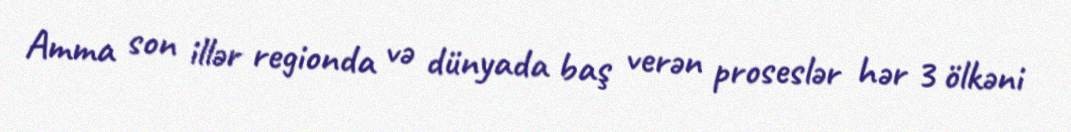
Amma son illər regionda və dünyada baş verən proseslər hər 3 ölkəni